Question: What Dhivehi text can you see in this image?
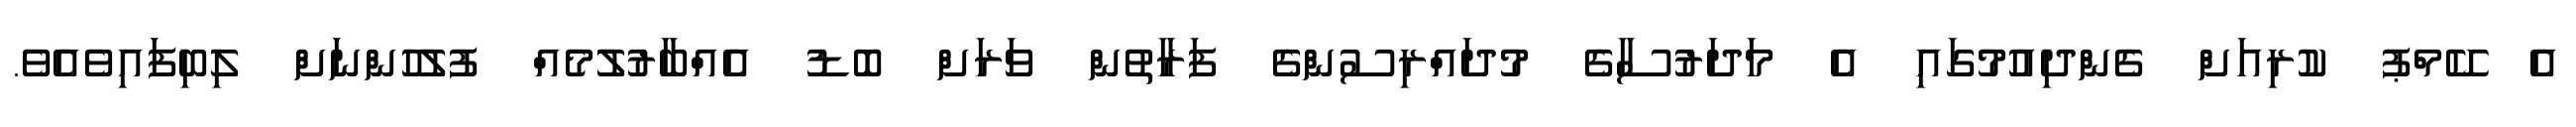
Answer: އެ ކޭމްޕު ކުރިއަށް ގެންދިއުމުގައި އެ މަދަރުސާގެ މުދައްރިސުންގެ ފަރާތުން ވަރަށް ބޮޑު އެއްބާރުލުމެއް ފުލުހުންނަށް ލިބިފައިވެއެވެ.